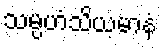
သမ္ပဟံသိယမာနံ